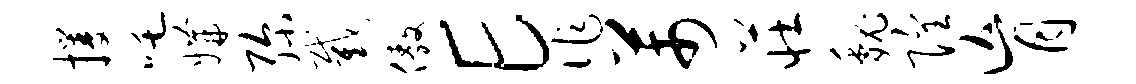
攫吒媾弥截傲E作芾庄魏隍肓